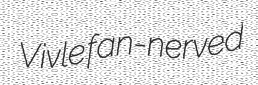
Vivle fan-nerved